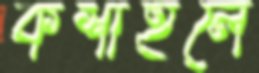
কশাইলে